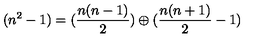
( n ^ { 2 } - 1 ) = ( \frac { n ( n - 1 ) } { 2 } ) \oplus ( \frac { n ( n + 1 ) } { 2 } - 1 )